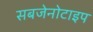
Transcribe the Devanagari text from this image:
सबजेनोटाइप